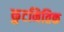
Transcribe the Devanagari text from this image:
कुटनितिक